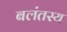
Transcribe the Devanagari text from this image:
बलंतस्य